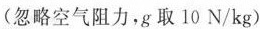
(忽略空气阻力，g取10N/kg)